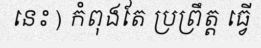
នេះ ) កំពុងតែ ប្រព្រឹត្ត ធ្វើ